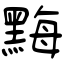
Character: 黣